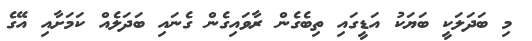
މި ބަދަލަކީ ބަޔަކު އަޑީގައި ތިބެގެން ރާވައިގެން ގެނައި ބަދަލެއް ކަމަށާއި އޭގެ